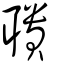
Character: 聵